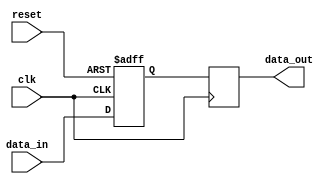
module Latch_Delay (
    input wire clk,
    input wire reset,
    input wire data_in,
    output reg data_out
);

reg latch_element;

// Latch element with setup and hold times
always @(posedge clk or posedge reset) begin
    if (reset) begin
         latch_element <= 1'b0;
    end else begin
         latch_element <= data_in;
    end
end

// Delay control to adjust timing
always @(posedge clk) begin
    data_out <= latch_element;
end

endmodule